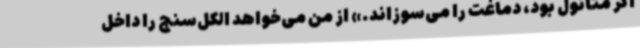
اگر متانول بود، دماغت را می‌سوزاند.» از من می‌خواهد الکل‌سنج را داخل